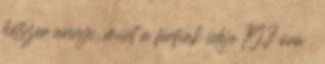
kétszer annyi, mint a férfiak ideje 19,7 óra .